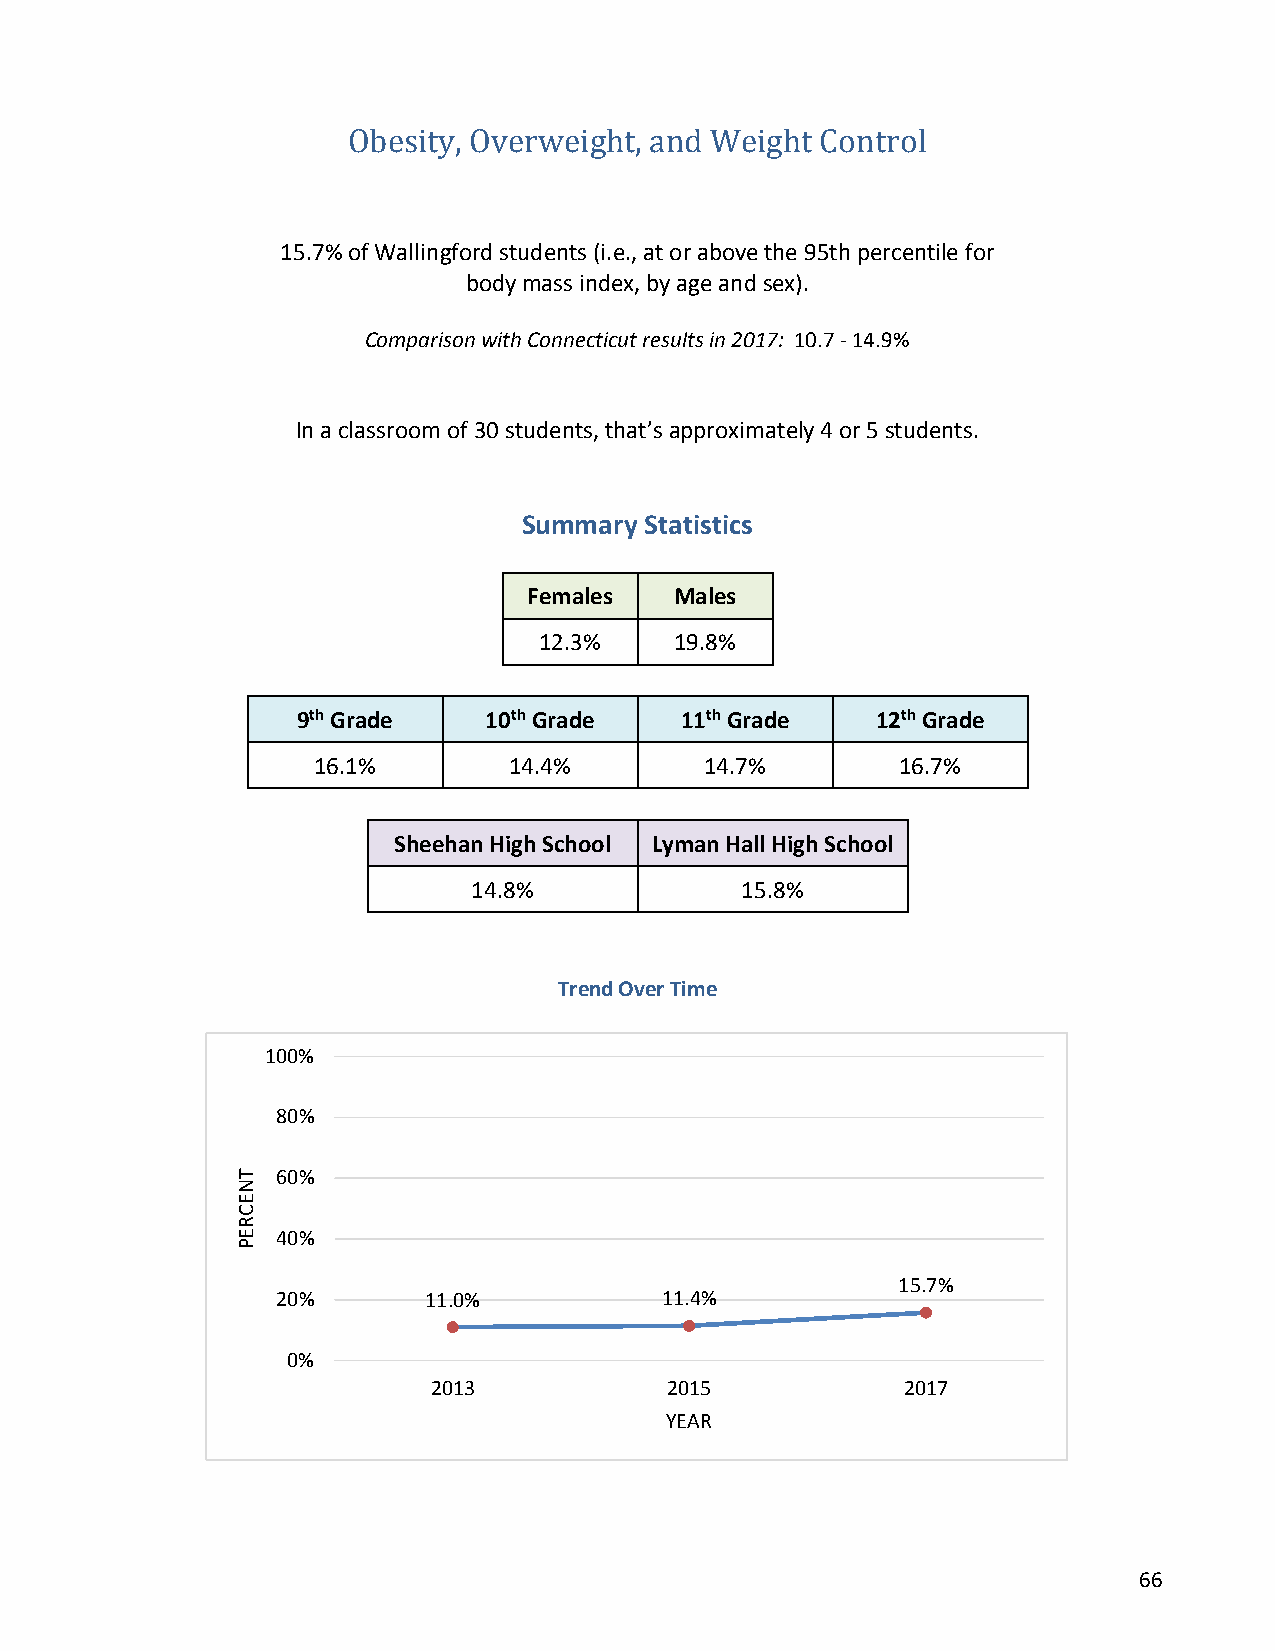
Obesity, Overweight, and Weight Control
 15.7% of Wallingford students (i.e., at or above the 95th percentile for
 body mass index, by age and sex).
 Comparison with Connecticut results in 2017: 10.7 - 14.9%
 In a classroom of 30 students, that’s approximately 4 or 5 students.
 Summary Statistics
 Females   Males
 12.3%    19.8%
 9th Grade   10th Grade   11th Grade   12th Grade
 16.1%        14.4%        14.7%        16.7%
 Sheehan High School Lyman Hall High School
 14.8%             15.8%
 Trend Over Time
 100%
 80%
 60%
 40%
 15.7%
 20%       11.0%           11.4%
 0%
 2013           2015            2017
 YEAR
 66
 TNECREP